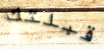
قبلتك